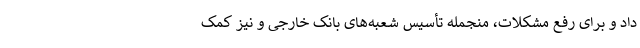
داد و برای رفع مشکلات، منجمله تأسیس شعبه‌های بانک خارجی و نیز کمک